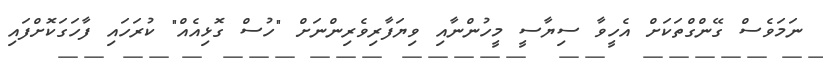
ނަމަވެސް ގޭންގްތަކަށް އެހީވާ ސިޔާސީ މީހުންނާއި ވިޔަފާރިވެރިންނަށް "ހުސް ގޮޅިއެއް" ކުރަހައި ފާހަގަކޮށްފައި